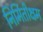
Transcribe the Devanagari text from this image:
निर्मितीक्षम